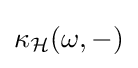
\kappa _{\mathcal {H}}(\omega ,-)